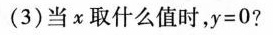
(3) 当X 取什么值时，y=0?